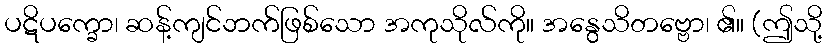
ပဋိပက္ခော၊ ဆန့်ကျင်ဘက်ဖြစ်သော အကုသိုလ်ကို။ အနွေသိတဗ္ဗော၊ ၏။ (ဤသို့